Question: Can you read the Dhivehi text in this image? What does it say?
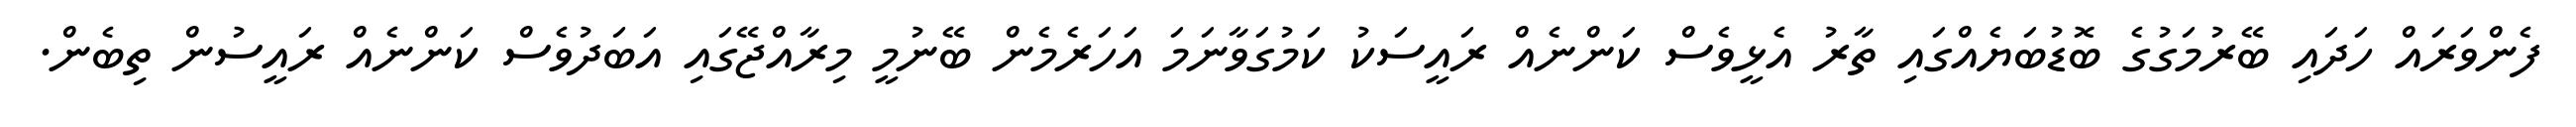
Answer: ފެންވަރައް ހަދައި ބޭރުމަގުގެ ބޮޑުބަޔެއްގައި ތާރު އެޅީވެސް ކަންނެއް ރައީސަކު ކަމުގަވާނަމަ އަހަރެމެން ބޭނުމީ މިރާއްޖޭގައި އަބަދުވެސް ކަންނެއް ރައީސުން ތިބެން.